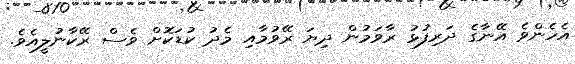
އެހެންވެ އޭނާގެ ދަރިފުޅު ރާވަމުން ދިޔަ ރޭވުމާއި މެދު ކުޑަކޮށް ވެސް ރޭކާނުލީއެވެ.